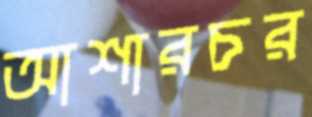
আশারচর